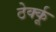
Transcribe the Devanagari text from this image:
ठेर्क्कू